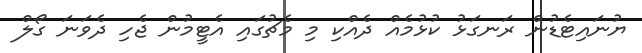
ޔުނައިޓެޑުން ރަނގަޅު ކުޅުމެއް ދެއްކި މި މެޗުގައި އެޓީމުން ޖެހި ދެވަނަ ގޯލް